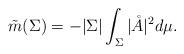
LaTeX: \begin{align*} \tilde{m}(\Sigma)=-|\Sigma| \int_\Sigma |\mathring{A}|^2d\mu. \end{align*}